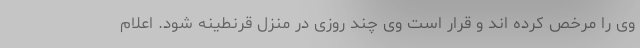
وی را مرخص کرده اند و قرار است وی چند روزی در منزل قرنطینه شود. اعلام